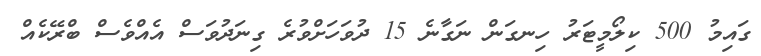
ގައިމު 500 ކިލޯމީޓަރު ހިނގަން ނަަގާނެ 15 ދުވަހަށްވުރެ ގިނަދުވަސް އެއްވެސް ބްރޭކެއް